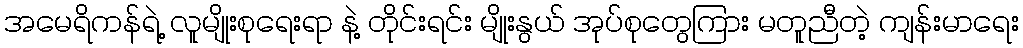
အမေရိကန်ရဲ့ လူမျိုးစုရေးရာ နဲ့ တိုင်းရင်း မျိုးနွယ် အုပ်စုတွေကြား မတူညီတဲ့ ကျန်းမာရေး